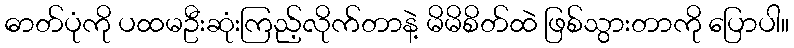
ဓာတ်ပုံကို ပထမဦးဆုံးကြည့်လိုက်တာနဲ့ မိမိစိတ်ထဲ ဖြစ်သွားတာကို ပြောပါ။